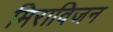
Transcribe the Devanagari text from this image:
मिराविजन